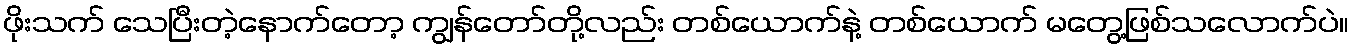
ဖိုးသက် သေပြီးတဲ့နောက်တော့ ကျွန်တော်တို့လည်း တစ်ယောက်နဲ့ တစ်ယောက် မတွေ့ဖြစ်သလောက်ပဲ။